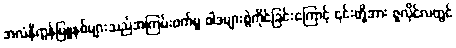
အလံနီကွန်မြူနစ်များသည်အကြမ်းဖက်မှု ဝါဒများစွဲကိုင်ခြင်းကြောင့် ၎င်းတို့အား ဇူလိုင်လတွင်